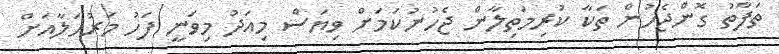
ތަފާތު ގޮންޖެހުން ތަކާ ކުރިމަތިލާން ޖެހުނުކަމަށް ވިޔަސް މިއަދު މިވަނީ ފަހު މަރުޙަލާއަށް